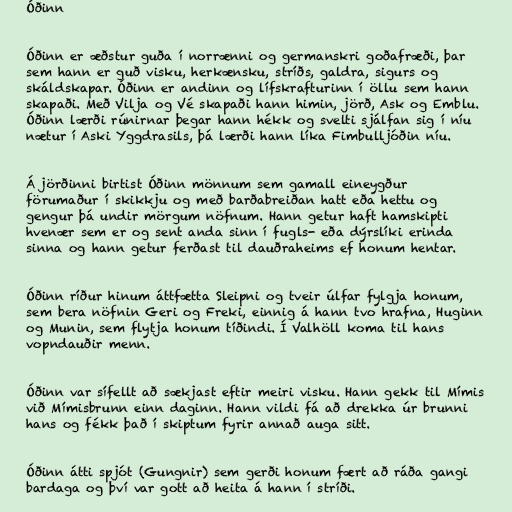
Óðinn

Óðinn er æðstur guða í norrænni og germanskri goðafræði, þar
sem hann er guð visku, herkænsku, stríðs, galdra, sigurs og
skáldskapar. Óðinn er andinn og lífskrafturinn í öllu sem hann
skapaði. Með Vilja og Vé skapaði hann himin, jörð, Ask og Emblu.
Óðinn lærði rúnirnar þegar hann hékk og svelti sjálfan sig í níu
nætur í Aski Yggdrasils, þá lærði hann líka Fimbulljóðin níu.

Á jörðinni birtist Óðinn mönnum sem gamall eineygður
förumaður í skikkju og með barðabreiðan hatt eða hettu og
gengur þá undir mörgum nöfnum. Hann getur haft hamskipti
hvenær sem er og sent anda sinn í fugls- eða dýrslíki erinda
sinna og hann getur ferðast til dauðraheims ef honum hentar.

Óðinn ríður hinum áttfætta Sleipni og tveir úlfar fylgja honum,
sem bera nöfnin Geri og Freki, einnig á hann tvo hrafna, Huginn
og Munin, sem flytja honum tíðindi. Í Valhöll koma til hans
vopndauðir menn.

Óðinn var sífellt að sækjast eftir meiri visku. Hann gekk til Mímis
við Mímisbrunn einn daginn. Hann vildi fá að drekka úr brunni
hans og fékk það í skiptum fyrir annað auga sitt.

Óðinn átti spjót (Gungnir) sem gerði honum fært að ráða gangi
bardaga og því var gott að heita á hann í stríði.